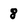
Character: 8